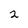
Character: 2